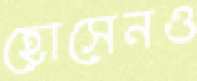
হোসেনও